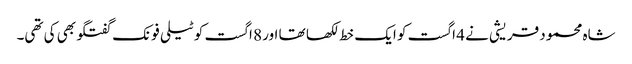
شاہ محمود قریشی نے 4 اگست کو ایک خط لکھا تھا اور 8 اگست کو ٹیلی فونک گفتگو بھی کی تھی۔